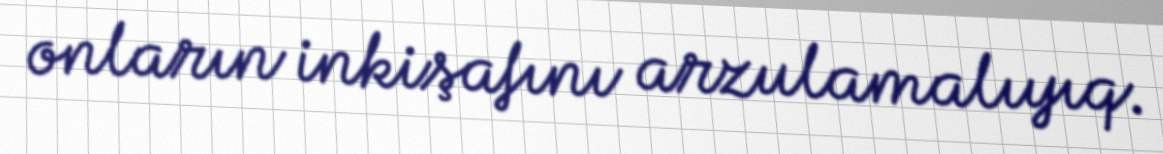
onların inkişafını arzulamalıyıq.